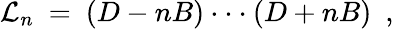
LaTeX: {\cal L}_{n}\ =\ (D-nB)\cdot\cdot\cdot(D+nB)\ \ ,